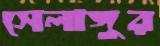
সেলাঙ্গুর